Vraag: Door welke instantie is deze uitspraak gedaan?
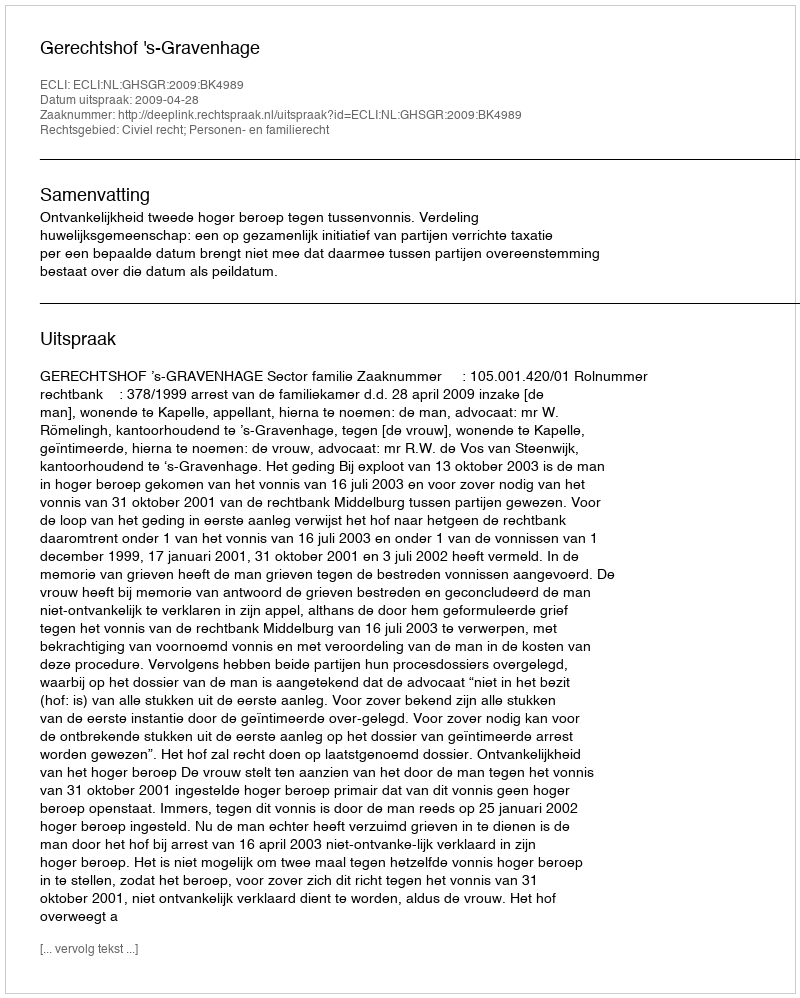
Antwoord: Gerechtshof 's-Gravenhage